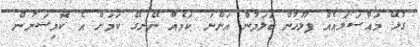
ގުޅޭ މައްސަލައެއް ފުލުހުން ބަލަމުން އަންނަ ކަމެއް ނޭނގޭ ކަމަށް އެ ކޮމިޝަނުން